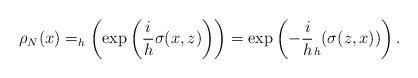
LaTeX: \begin{align*}\rho_N(x)=_h\left(\exp\left(\frac{i}{h}\sigma(x,z)\right)\right)=\exp\left(-\dfrac{i}{h}_h(\sigma(z,x))\right).\end{align*}